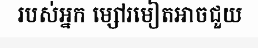
របស់អ្នក ម្សៅរមៀតអាចជួយ